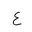
Letter: _ayn